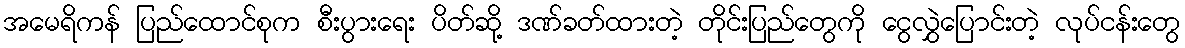
အမေရိကန် ပြည်ထောင်စုက စီးပွားရေး ပိတ်ဆို့ ဒဏ်ခတ်ထားတဲ့ တိုင်းပြည်တွေကို ငွေလွှဲပြောင်းတဲ့ လုပ်ငန်းတွေ